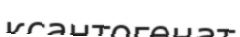
ксантогенат